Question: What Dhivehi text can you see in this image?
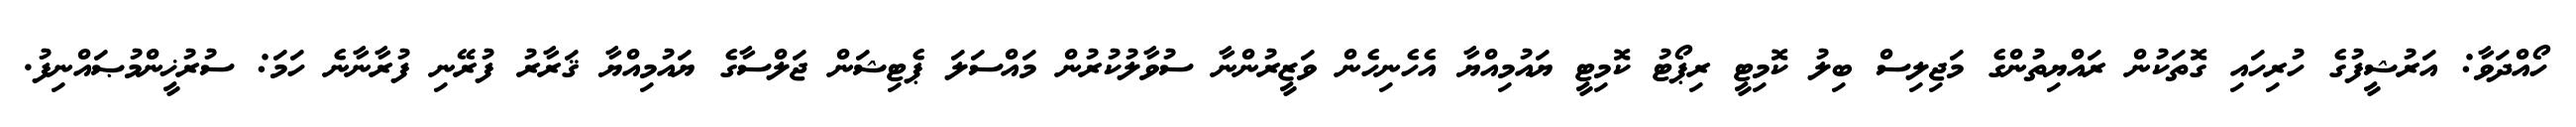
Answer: ހޯއްދަވާ: އަރުޝީފުގެ ހުރިހައި ގޮތަކުން ރައްޔިތުންގެ މަޖިލިސް ބިލު ކޮމިޓީ ރިޕޯޓު ކޮމިޓީ ޔައުމިއްޔާ އެހެނިހެން ވަޒީރުންނާ ސުވާލުކުރުން މައްސަލަ ޕެޓިޝަން ޖަލްސާގެ ޔައުމިއްޔާ ޤަރާރު ފުރޭނި ފުރާނާނެ ހަމަ: ސުރުޚީންމުޞައްނިފު.